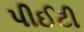
પીઈટી